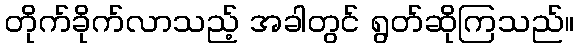
တိုက်ခိုက်လာသည့် အခါတွင် ရွတ်ဆိုကြသည်။